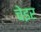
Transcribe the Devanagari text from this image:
चेइर